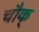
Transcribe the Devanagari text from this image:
चौक्